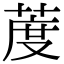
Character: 𦳔